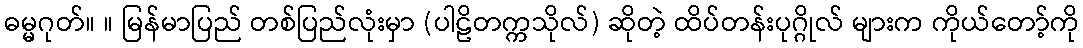
ဓမ္မဂုတ်။ ။ မြန်မာပြည် တစ်ပြည်လုံးမှာ (ပါဠိတက္ကသိုလ်) ဆိုတဲ့ ထိပ်တန်းပုဂ္ဂိုလ် များက ကိုယ်တော့်ကို